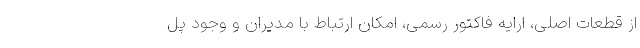
از قطعات اصلی، ارایه فاکتور رسمی، امکان ارتباط با مدیران و وجود پل